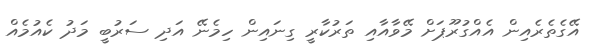
އޭގެތެރެއިން އެއްގުރޫޕަށް މޭވާއާއި ތަރުކާރީ ގިނައިން ހިމެނޭ އަދި ސަރުބީ މަދު ކެއުމެއް